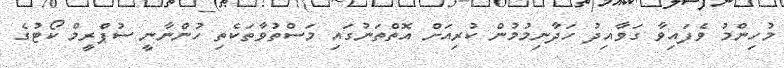
މުހިންމު ވެފައިވާ ގަވާއިދު ހަދާނިމުމުން ކުރިއަށް އޮތްތަނުގައި މަސްތުވާތަކެތި ހުންނާނީ ސުޕްރީމް ކޯޓުގެ